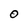
Character: 0